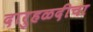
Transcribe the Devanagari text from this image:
दारुहळदीचा